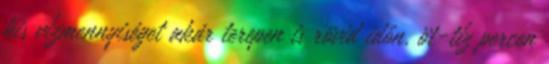
kis vízmennyiséget akár terepen is rövid időn, öt-tíz percen